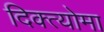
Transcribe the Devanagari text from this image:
दिक्त्योमा